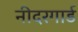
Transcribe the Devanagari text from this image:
नीदरगार्ड